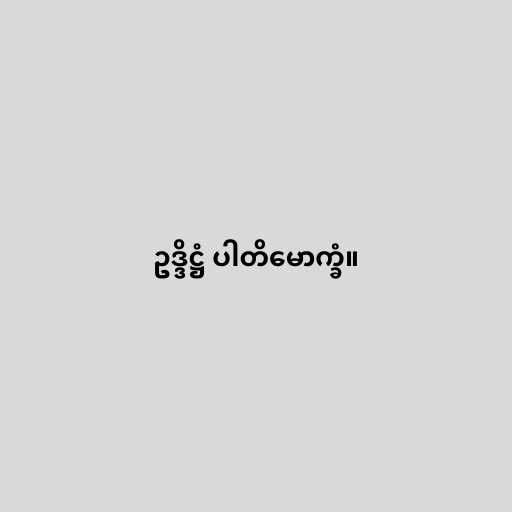
ဥဒ္ဒိဋ္ဌံ ပါတိမောက္ခံ။